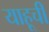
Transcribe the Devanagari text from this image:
याहूची